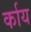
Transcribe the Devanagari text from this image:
र्काय